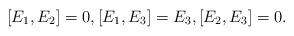
LaTeX: \begin{gather*} [E_1, E_2] = 0,[E_1, E_3] = E_3,[E_2, E_3] = 0.\end{gather*}